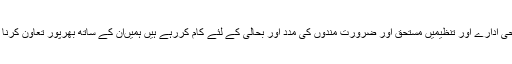
جو فلاحی ادارے اور تنظیمیں مستحق اور ضرورت مندوں کی مدد اور بحالی کے لئے کام کررہے ہیں ہمیںان کے ساتھ بھرپور تعاون کرنا چاہیے۔